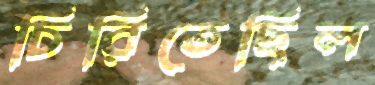
চিরিতেছিল